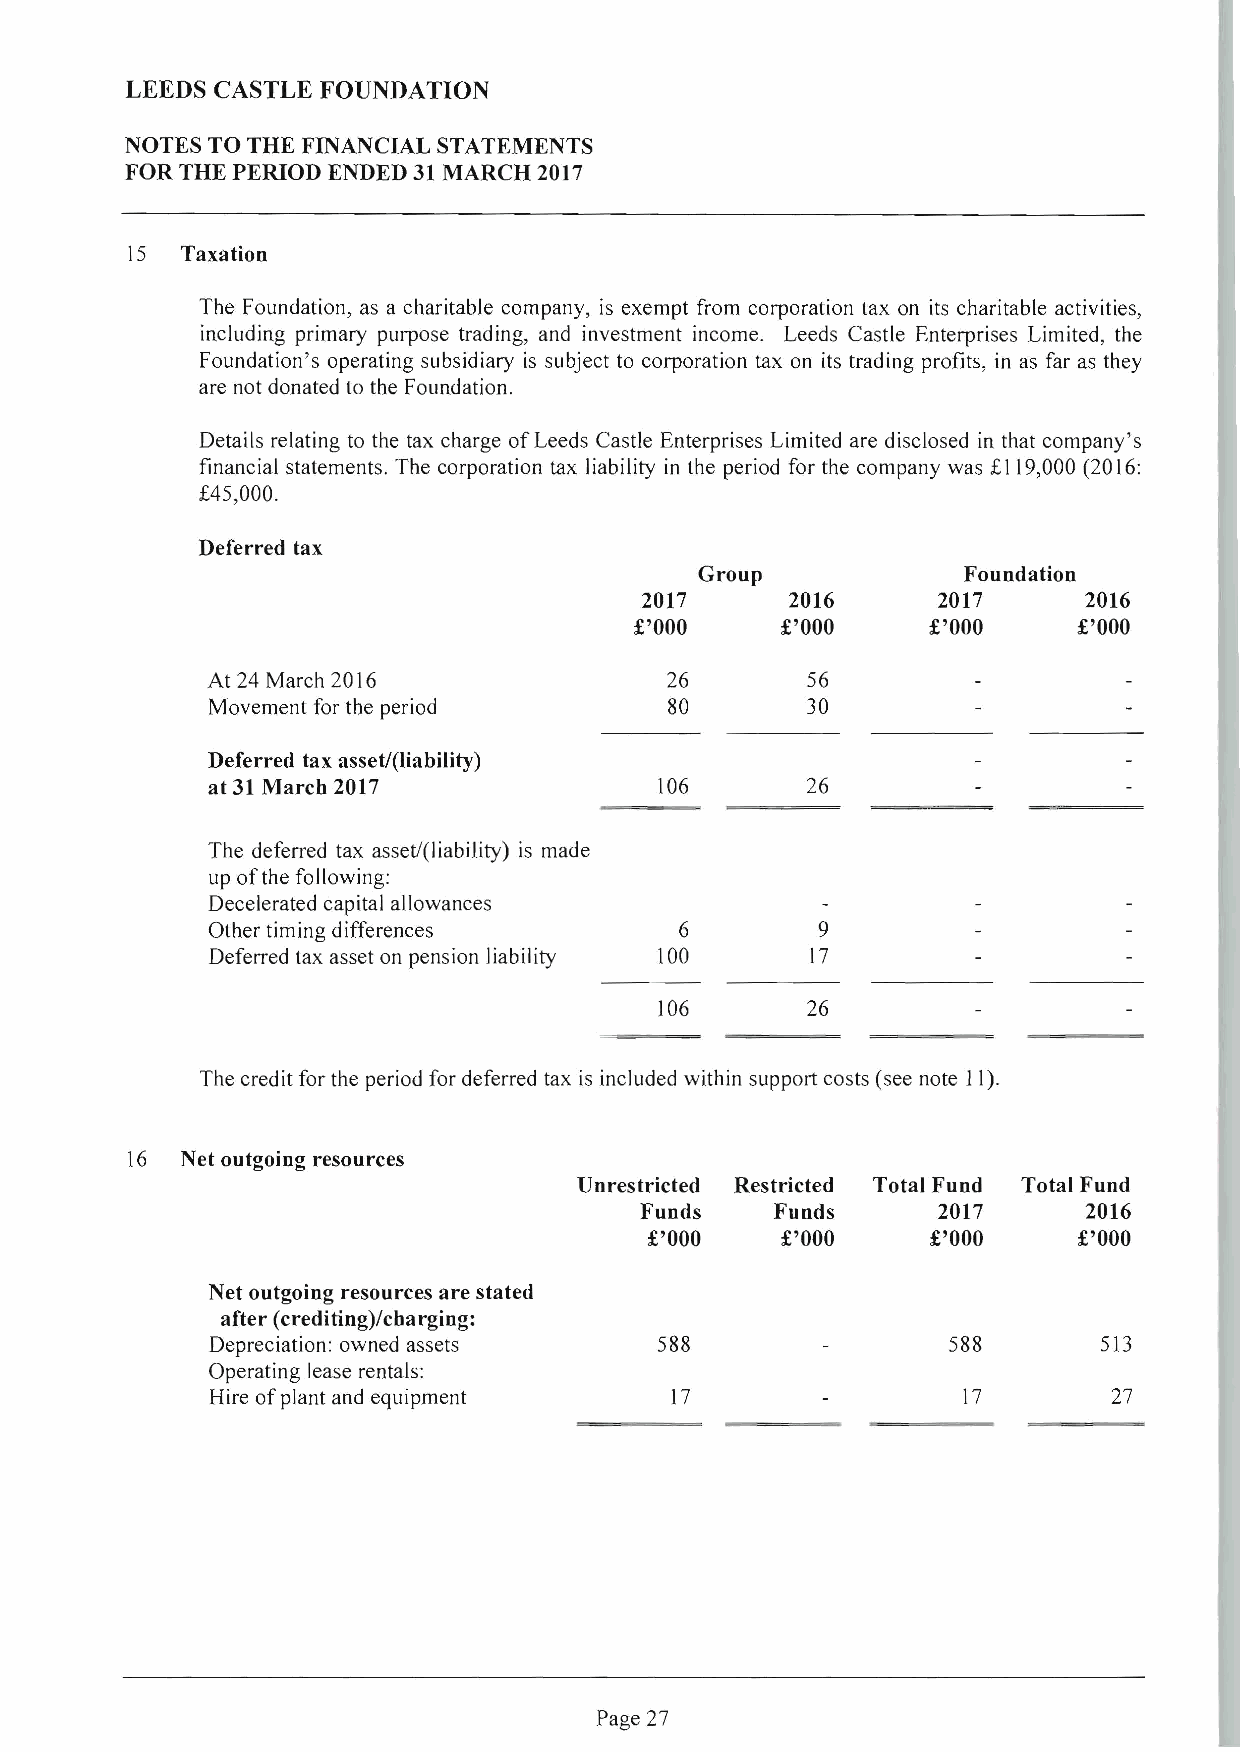
LEEDS CASTLE FOUNDATION
 NOTES TO THE FINANCIAL STATEMENTS
 FOR THE PERIOD ENDED 31 MARCH 2017
 15  Taxation
 The Foundation, as a charitable company, is exempt from corporation tax on its charitable activities,
 including primary purpose trading, and investment income. Leeds Castle Enterprises Limited, the
 Foundation's operating subsidiary is subject to corporation tax on its trading profits, in as far as they
 are not donated to the Foundation.
 Details relating to the tax charge of Leeds Castle Enterprises Limited are disclosed in that company's
 financial statements. The corporation tax Iiability in the period for the company was £ 119,000 (2016:
 £45,000.
 Deferred tax
 Group             Foundation
 2017      2016      2017      2016
 £'000     £'000    £'000     £'000
 At 24 March 2016              26       56
 Movement for the period       80       30
 Deferred tax asset/(liability)
 at 31 March 2017              106      26
 The deferred tax asset/(liability) is made
 up of the following:
 Decelerated capital allowances
 Other timing differences       6        9
 Deferred tax asset on pension liability 100 17
 106      26
 The credit for the period for deferred tax is included within support costs (see note II).
 16  Net outgoing resources
 Un restricted Restricted Total Fund Total Fund
 Funds    Funds      2017      2016
 £'000    £'000     £'000    £'000
 Net outgoing resources are stated
 after (crediting)/charging:
 Depreciation: owned assets    588                588       513
 Operating lease rentals:
 Hire of plant and equipment   17                  17        27
 Page 27